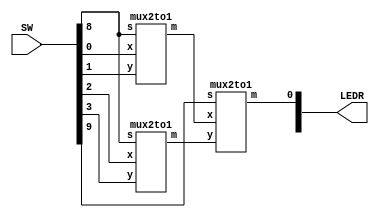
//SW[3:0] data inputs
//SW[9:8] select signal
//LEDR[0] output display

module mux(LEDR, SW);
	input [9:0] SW;
	output [9:0] LEDR;
	wire out_m0, out_m1; // output wires from 2to1 mux
	mux2to1 m0 (
		.x(SW[0]),
		.y(SW[1]),
		.s(SW[8]),
		.m(out_m0)
		);
	mux2to1 m1 (
		.x(SW[2]),
		.y(SW[3]),
		.s(SW[8]),
		.m(out_m1)
		);
	mux2to1 m2 (
		.x(out_m0),
		.y(out_m1),
		.s(SW[9]),
		.m(LEDR[0])
		);
endmodule

module mux2to1(m, x, y, s);
	input x;
	input y;
	input s;
	output m;
	assign m = s ? y : x;
endmodule